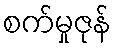
စက်မှုဇုန်